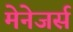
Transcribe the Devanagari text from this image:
मेनेजर्स